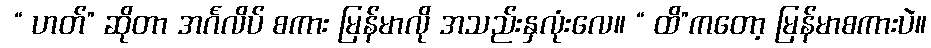
 “ ဟတ်” ဆိုတာ အင်္ဂလိပ် စကား မြန်မာလို အသည်းနှလုံးလေ။ “ ထိ”ကတော့ မြန်မာစကားပဲ။